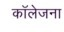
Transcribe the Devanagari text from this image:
कॉलेजना